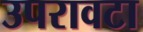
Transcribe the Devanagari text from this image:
उपरावटा